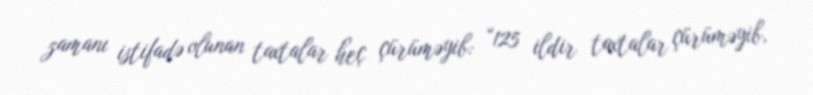
zamanı istifadə olunan taxtalar heç çürüməyib: “125 ildir taxtalar çürüməyib,